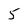
Character: 5